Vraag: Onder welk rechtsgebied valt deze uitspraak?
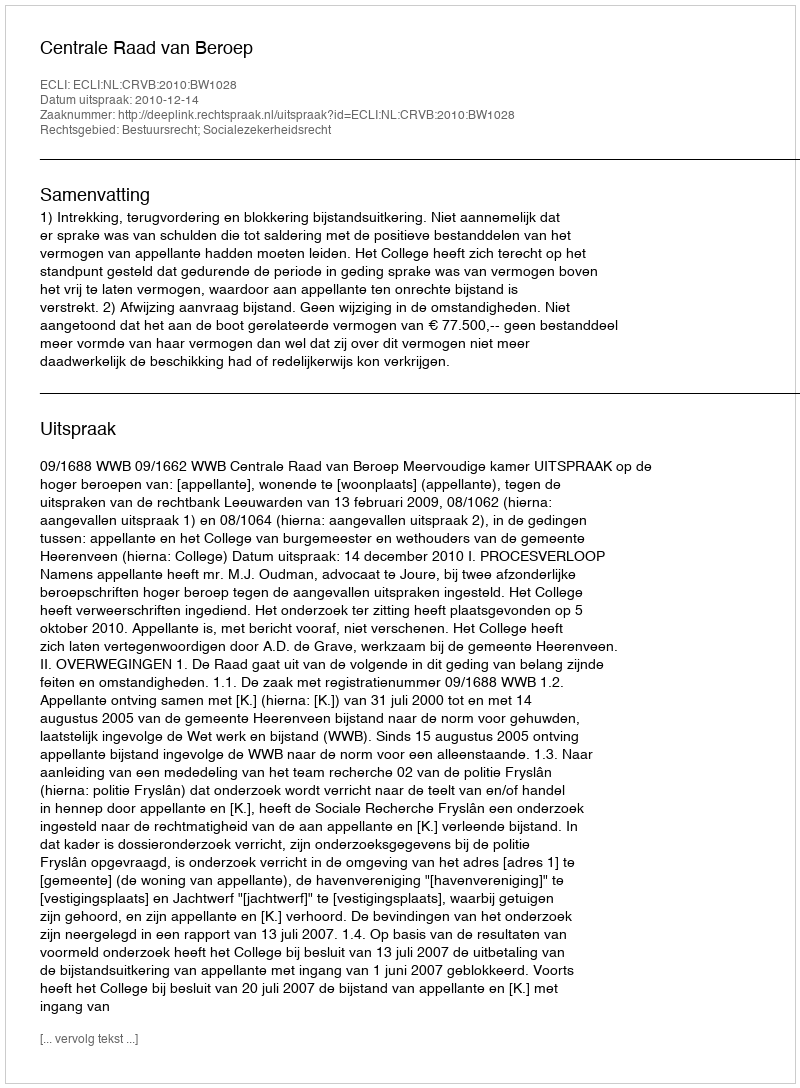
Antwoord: Bestuursrecht; Socialezekerheidsrecht